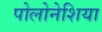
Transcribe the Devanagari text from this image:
पोलोनेशिया